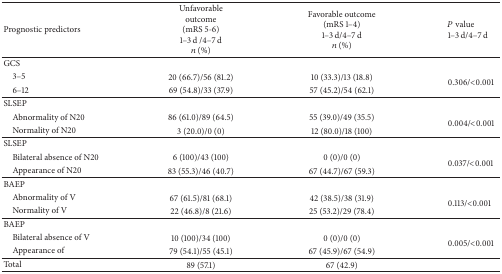
| Prognostic predictors | Unfavorable outcome (mRS 5-6)1–3 d /4–7 dn (%) | Favorable outcome (mRS 1–4)1–3 d/4–7 dn (%) | P value1–3 d/4–7 d |
 | --- | --- | --- | --- |
 | GCS |  |  |  |
 | 3–5 | 20 (66.7)/56 (81.2) | 10 (33.3)/13 (18.8) | <ROWSPAN=2> 0.306/<0.001 |
 | 6–12 | 69 (54.8)/33 (37.9) | 57 (45.2)/54 (62.1) |
 | SLSEP |  |  |  |
 | Abnormality of N20 | 86 (61.0)/89 (64.5) | 55 (39.0)/49 (35.5) | <ROWSPAN=2> 0.004/<0.001 |
 | Normality of N20 | 3 (20.0)/0 (0) | 12 (80.0)/18 (100) |
 | SLSEP |  |  |  |
 | Bilateral absence of N20 | 6 (100)/43 (100) | 0 (0)/0 (0) | <ROWSPAN=2> 0.037/<0.001 |
 | Appearance of N20 | 83 (55.3)/46 (40.7) | 67 (44.7)/67 (59.3) |
 | BAEP |  |  |  |
 | Abnormality of V | 67 (61.5)/81 (68.1) | 42 (38.5)/38 (31.9) | <ROWSPAN=2> 0.113/<0.001 |
 | Normality of V | 22 (46.8)/8 (21.6) | 25 (53.2)/29 (78.4) |
 | BAEP |  |  |  |
 | Bilateral absence of V | 10 (100)/34 (100) | 0 (0)/0 (0) | <ROWSPAN=2> 0.005/<0.001 |
 | Appearance of | 79 (54.1)/55 (45.1) | 67 (45.9)/67 (54.9) |
 | Total | 89 (57.1) | 67 (42.9) |  |